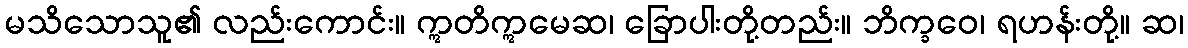
မသိသောသူ၏ လည်းကောင်း။ ဣတိဣမေဆ၊ ခြောပါးတို့တည်း။ ဘိက္ခဝေ၊ ရဟန်းတို့။ ဆ၊